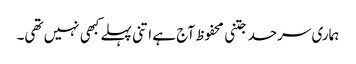
ہماری سرحد جتنی محفوظ آج ہے اتنی پہلے کبھی نہیں تھی۔